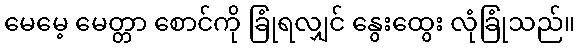
မေမေ့ မေတ္တာ စောင်ကို ခြုံရလျှင် နွေးထွေး လုံခြုံသည်။